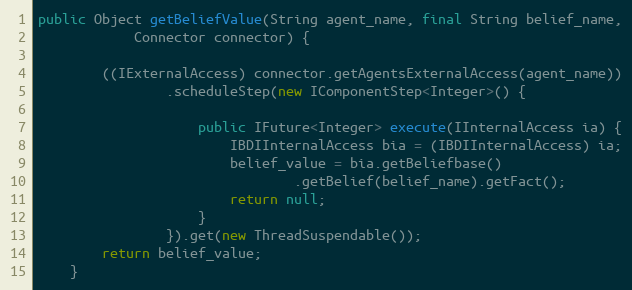
Language: Java
public Object getBeliefValue(String agent_name, final String belief_name,
            Connector connector) {

        ((IExternalAccess) connector.getAgentsExternalAccess(agent_name))
                .scheduleStep(new IComponentStep<Integer>() {

                    public IFuture<Integer> execute(IInternalAccess ia) {
                        IBDIInternalAccess bia = (IBDIInternalAccess) ia;
                        belief_value = bia.getBeliefbase()
                                .getBelief(belief_name).getFact();
                        return null;
                    }
                }).get(new ThreadSuspendable());
        return belief_value;
    }